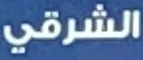
الشرقي